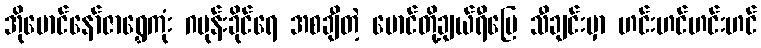
အိုမောင်နော်ဇာရွှေကုံး ဂမုန်းခိုင်ရေ အစချီတဲ့ မောင်တို့ချယ်ရီမြေ သီချင်းမှာ ဟင်းဟင်ဟင်းဟင်